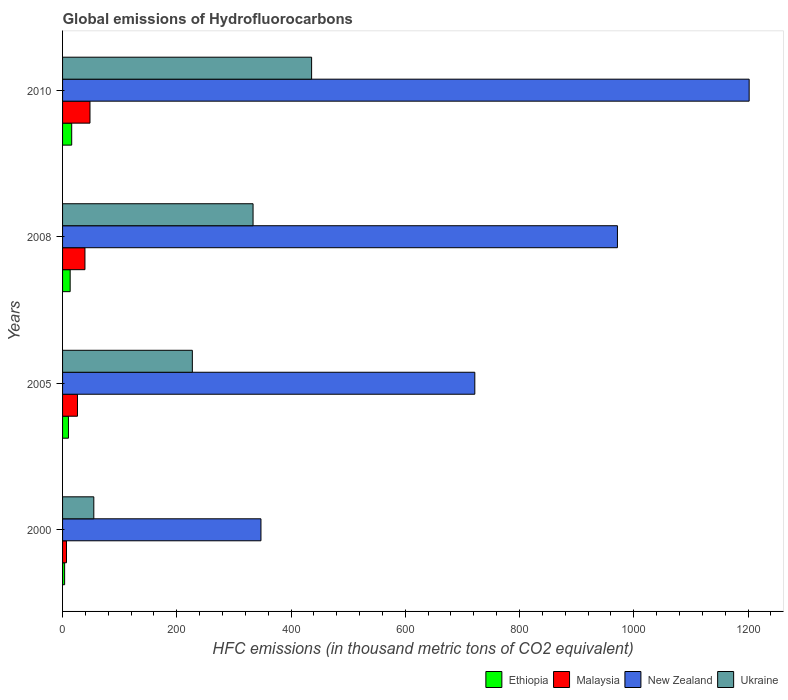
| Years | Ethiopia | Malaysia | New Zealand | Ukraine |
 | --- | --- | --- | --- | --- |
 | 2000 | 3.6 | 6.9 | 347 | 54.7 |
 | 2005 | 10.3 | 26.1 | 722 | 227 |
 | 2008 | 13.3 | 39.2 | 971 | 334 |
 | 2010 | 16 | 48 | 1.2e+03 | 436 |